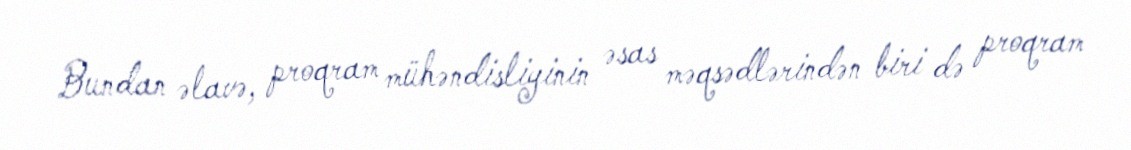
Bundan əlavə, proqram mühəndisliyinin əsas məqsədlərindən biri də proqram